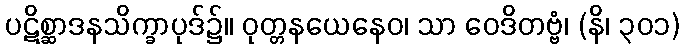
ပဋိစ္ဆာဒနသိက္ခာပုဒ်၌။ ဝုတ္တနယေနေဝ၊ သာ ဝေဒိတဗ္ဗံ၊ (နိ၊ ၃၀၁)